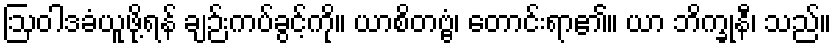
ဩဝါဒခံယူဖို့ရန် ချဉ်းကပ်ခွင့်ကို။ ယာစိတဗ္ဗံ၊ တောင်းရာ၏။ ယာ ဘိက္ခုနီ၊ သည်။